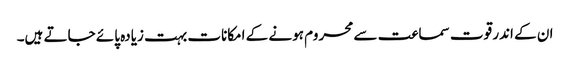
ان کے اندر قوت سماعت سے محروم ہونے کے امکانات بہت زیادہ پائے جاتے ہیں۔